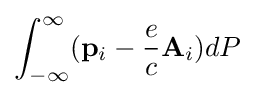
\int _{-\infty }^{\infty }(\mathbf {p} _{i}-{\frac {e}{c}}\mathbf {A} _{i})dP